Leningradi_Edasi_toimetus, lk 27
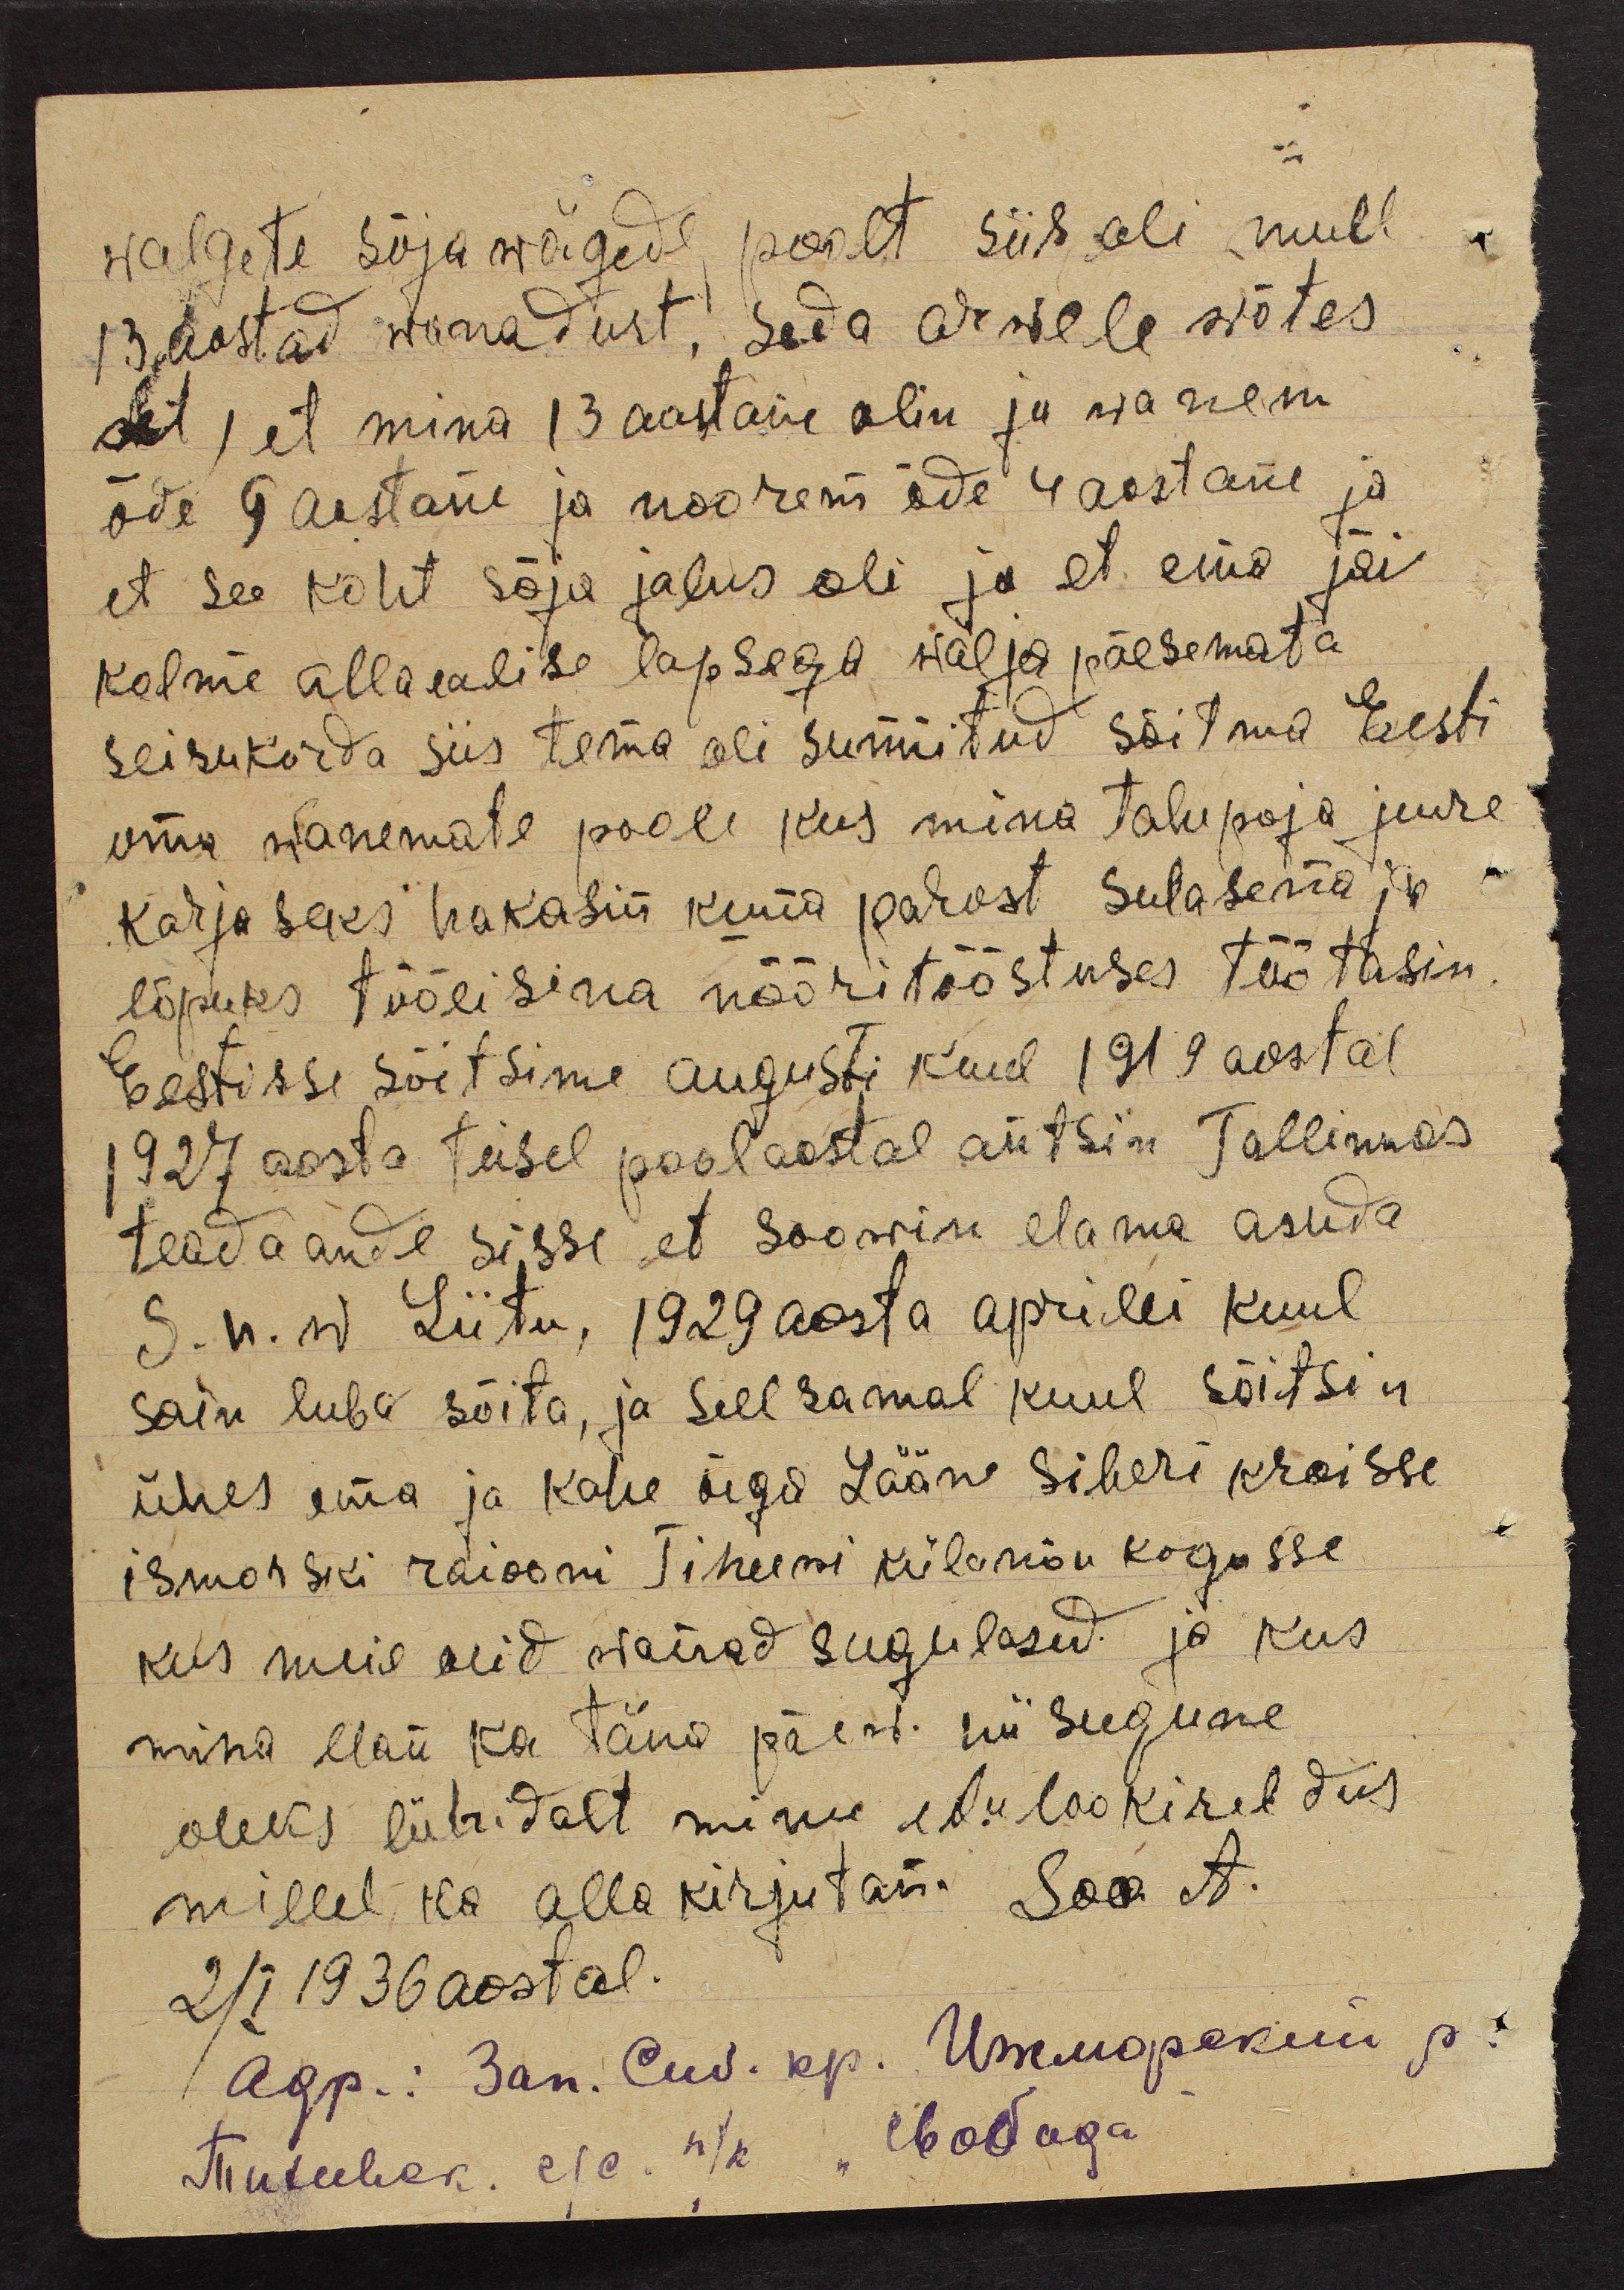
walgete sõjawägede poolt siis oli mull
13 aastad wanadust, seda arwele wõtes
rit, et mina 13 aastane olin ja wanem
õde 9 aastane ja noorem õde 4 aastane ja
et see koht sõja jalus oli ja et ema jäi
kolme allaealise lapsega wälja päesemata
seisukorda siis tema oli sunnitud sõitma Eesti
oma wanemate poole kus mina talupoja juure
karjaseks hakasin kuna parast sulasena ja
lõpuks töölisena nööritööstuses töötasin,
Eestisse sõitsime augusti kuul 1919 aastal
1927 aasta teisel poolaastal antsin Tallinnas
teadaande sisse et soowin elama asuda
S.N.W. Liitu, 1929 aasta aprilli kuul
sain luba sõita, ja sell samal kuul sõitsin
ühes ema ja kahe õege Lääne Siberi Kroisse
ismorski raiooni Tiheeni külanõukogusse
kus meil olid wairad sugulased ja kus
mina elan ka täna päew. nii sugune
oleks lühidalt minu elulookireldus
millel ka alla kirjutan. Soo A.
2/I 1936 aastal.